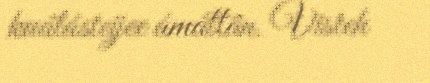
kuálásteijee ámáttân. Visteh